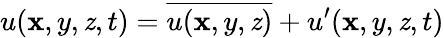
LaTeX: u(\mathbf{x},y,\mathit{z},t)={\overline{{{u(\mathbf{x},y,\mathit{z})}}}}+u^{\prime}(\mathbf{x},y,\mathit{z},t)